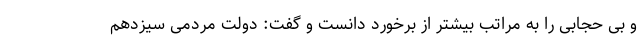
و بی حجابی را به مراتب بیشتر از برخورد دانست و گفت: دولت مردمی سیزدهم